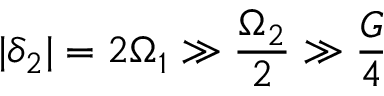
| \delta _ { 2 } | = 2 \Omega _ { 1 } \gg \frac { \Omega _ { 2 } } { 2 } \gg \frac { G } { 4 }